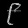
Digit: ၉